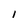
Character: I